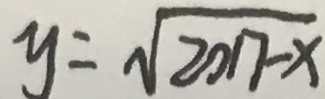
y = \sqrt { 2 0 1 7 - x }